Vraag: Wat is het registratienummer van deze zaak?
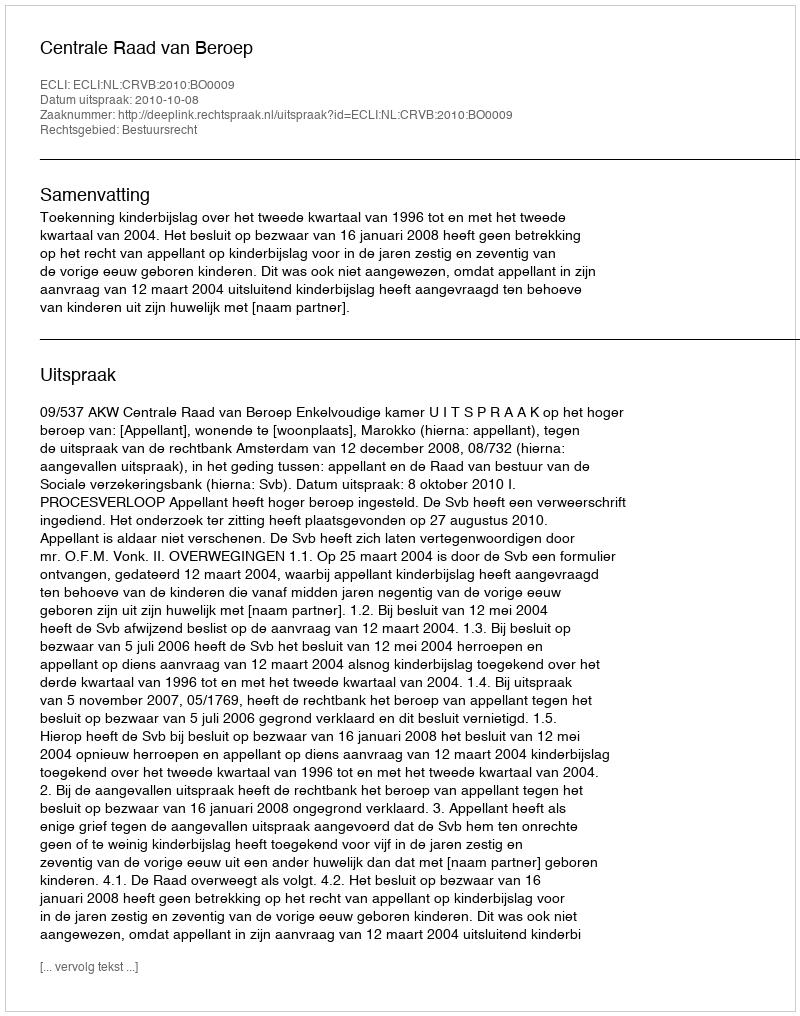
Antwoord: http://deeplink.rechtspraak.nl/uitspraak?id=ECLI:NL:CRVB:2010:BO0009